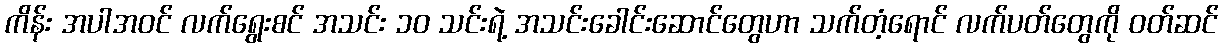
ကိန်း အပါအဝင် လက်ရွေးစင် အသင်း ၁၀ သင်းရဲ့ အသင်းခေါင်းဆောင်တွေဟာ သက်တံ့ရောင် လက်ပတ်တွေကို ဝတ်ဆင်